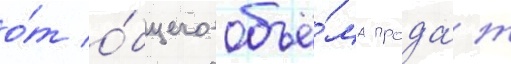
о́т о́бщего объё́ма прода́ж